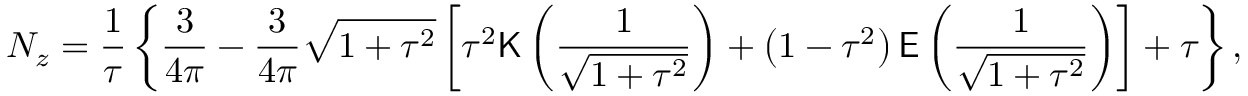
N _ { z } = \frac { 1 } { \tau } \left\{ \frac { 3 } { 4 \pi } - \frac { 3 } { 4 \pi } \sqrt { 1 + \tau ^ { 2 } } \left[ \tau ^ { 2 } \mathsf { K } \left( \frac { 1 } { \sqrt { 1 + \tau ^ { 2 } } } \right) + \left( 1 - \tau ^ { 2 } \right) \mathsf { E } \left( \frac { 1 } { \sqrt { 1 + \tau ^ { 2 } } } \right) \right] + \tau \right\} ,